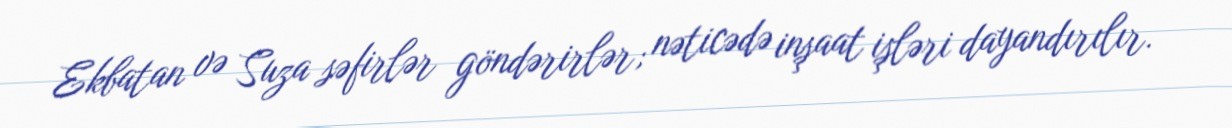
Ekbatan və Suza səfirlər göndərirlər; nəticədə inşaat işləri dayandırılır.